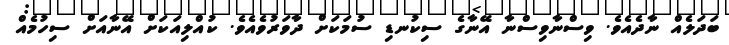
ބަދަލެއް ނާދެއެވެ. ވިސްނާވިސްނާ އޭނާގެ ސިކުނޑި ސުމަކަށް ދާވަރުވެއެވެ. ކުއްލިއަކަށް އޭނާއަށް ސިހުމެއް